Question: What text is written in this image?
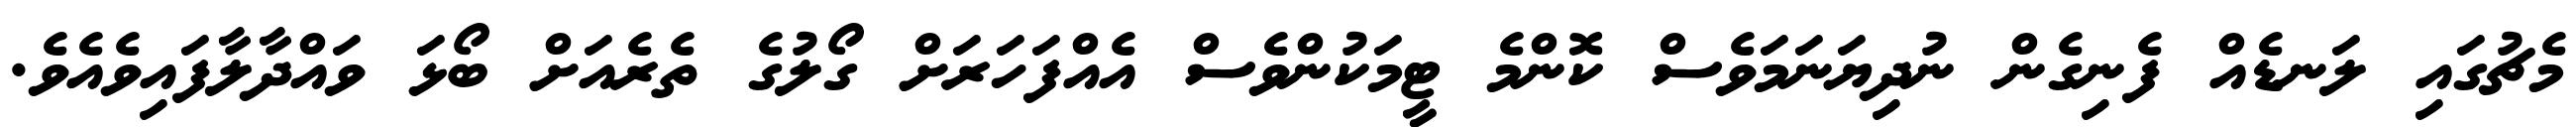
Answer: މެޗުގައި ލަނޑެއް ފެނިގެން ނުދިޔަނަމަވެސް ކޮންމެ ޓީމަކުންވެސް އެއްފަހަރަށް ގޯލުގެ ތެރެއަށް ބޯޅަ ވައްދާލާފައިވެއެވެ.